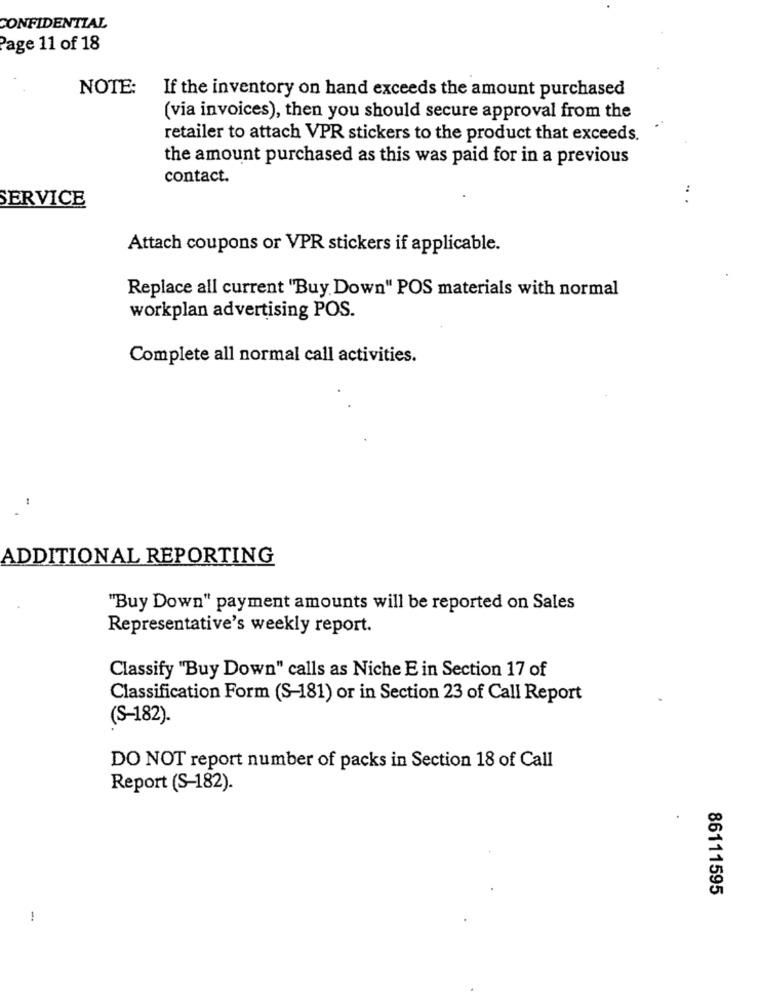
CONFIDENTIAL
Page 11 of 18
NOTE:
If the inventory on hand exceeds the amount purchased
(via invoices), then you should secure approval from the
retailer to attach VPR stickers to the product that exceeds.
the amount purchased as this was paid for in a previous
contact.
SERVICE
.. .
Attach coupons or VPR stickers if applicable.
Replace all current "Buy Down" POS materials with normal
workplan advertising POS.
Complete all normal call activities.
ADDITIONAL REPORTING
"Buy Down" payment amounts will be reported on Sales
Representative's weekly report.
Classify "Buy Down" calls as Niche E in Section 17 of
Classification Form (S-181) or in Section 23 of Call Report
(S-182).
DO NOT report number of packs in Section 18 of Call
Report (S-182).
86111595